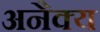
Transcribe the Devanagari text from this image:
अनैक्य